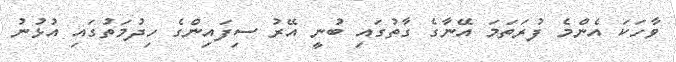
ވާހަކަ އެންމެ ފުރަތަމަ އޭނާގެ ގާތުގައި ބުނީ އޭރު ސިފައިންގެ ހިދުމަތުގައި އުޅުނު